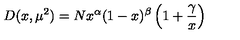
D ( x , \mu ^ { 2 } ) = N x ^ { \alpha } ( 1 - x ) ^ { \beta } \left( 1 + \frac { \gamma } { x } \right)